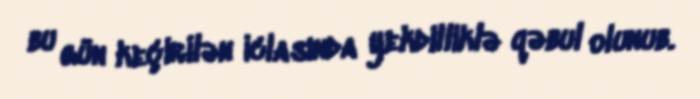
bu gün keçirilən iclasında yekdilliklə qəbul olunub.